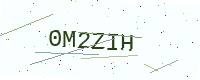
Text: 0M2ZIH